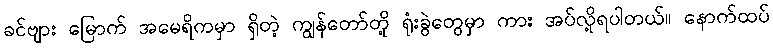
ခင်ဗျား မြောက် အမေရိကမှာ ရှိတဲ့ ကျွန်တော်တို့ ရုံးခွဲတွေမှာ ကား အပ်လို့ရပါတယ်။ နောက်ထပ်